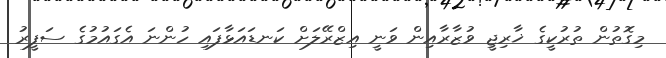
މިގޮތުން ތުރުކީގެ ޚާރިޖީ ވުޒާރާއިން ވަނީ އިޒްރޭލަށް ކަނޑައަޅާފައި ހުންނަ އެގައުމުގެ ސަފީރު